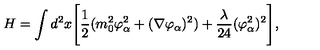
H = \int d ^ { 2 } x \Biggl [ { \frac { 1 } { 2 } } ( m _ { 0 } ^ { 2 } \varphi _ { \alpha } ^ { 2 } + ( \nabla \varphi _ { \alpha } ) ^ { 2 } ) + { \frac { \lambda } { 2 4 } } ( \varphi _ { \alpha } ^ { 2 } ) ^ { 2 } \Biggr ] , \,